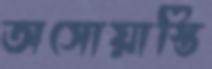
অসোয়াস্তি